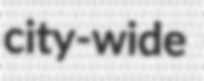
city-wide